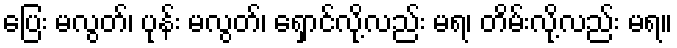
ပြေး မလွတ်၊ ပုန်း မလွတ်၊ ရှောင်လို့လည်း မရ၊ တိမ်းလို့လည်း မရ။